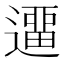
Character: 𨖻